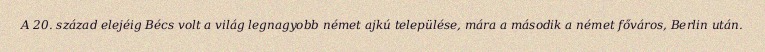
A 20. század elejéig Bécs volt a világ legnagyobb német ajkú települése, mára a második a német főváros, Berlin után.